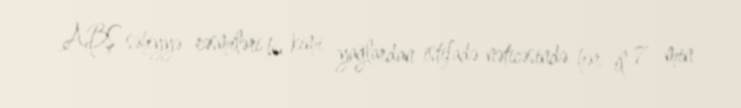
ABŞ səhiyyə rəsmiləri bu kimi yağlardan istifadə nəticəsində hər il 7 min